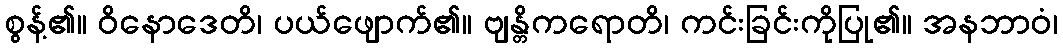
စွန့်၏။ ဝိနောဒေတိ၊ ပယ်ဖျောက်၏။ ဗျန္တိကရောတိ၊ ကင်းခြင်းကိုပြု၏။ အနဘာဝံ၊